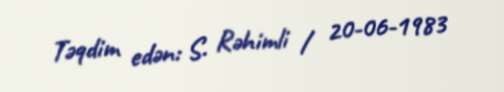
Təqdim edən: S. Rəhimli / 20-06-1983